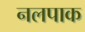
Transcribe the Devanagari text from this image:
नलपाक